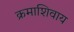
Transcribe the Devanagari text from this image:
क्रमाशिवाय